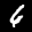
Label: 6